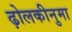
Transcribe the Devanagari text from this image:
ढ़ोलकीनुमा